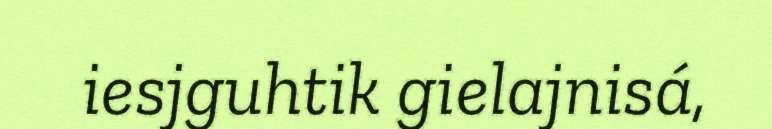
iesjguhtik gielajnisá,